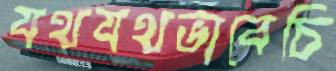
যথযথভাবেচি